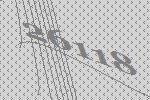
26118